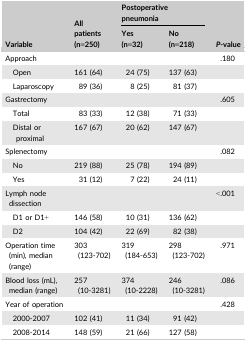
| <ROWSPAN=2> Variable | <ROWSPAN=2> All patients (n=250) | <COLSPAN=2> Postoperative pneumonia | <ROWSPAN=2> P‐value |
 | Yes (n=32) | No (n=218) |
 | --- | --- | --- | --- | --- |
 | Approach |  |  |  | .180 |
 | Open | 161 (64) | 24 (75) | 137 (63) |  |
 | Laparoscopy | 89 (36) | 8 (25) | 81 (37) |  |
 | Gastrectomy |  |  |  | .605 |
 | Total | 83 (33) | 12 (38) | 71 (33) |  |
 | Distal or proximal | 167 (67) | 20 (62) | 147 (67) |  |
 | Splenectomy |  |  |  | .082 |
 | No | 219 (88) | 25 (78) | 194 (89) |  |
 | Yes | 31 (12) | 7 (22) | 24 (11) |  |
 | Lymph node dissection |  |  |  | <.001 |
 | D1 or D1+ | 146 (58) | 10 (31) | 136 (62) |  |
 | D2 | 104 (42) | 22 (69) | 82 (38) |  |
 | Operation time (min), median (range) | 303 (123‐702) | 319 (184‐653) | 298 (123‐702) | .971 |
 | Blood loss (mL), median (range) | 257 (10‐3281) | 374 (10‐2228) | 246 (10‐3281) | .086 |
 | Year of operation |  |  |  | .428 |
 | 2000‐2007 | 102 (41) | 11 (34) | 91 (42) |  |
 | 2008‐2014 | 148 (59) | 21 (66) | 127 (58) |  |